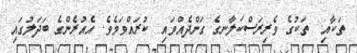
ތަކާއި  ތަކުގެ ވެރިރަސްކަލާނގެ ގަންދެއްވައި  ކުރައްވަމެވެ. އެއުރެންގެ ބަދަލުގައި